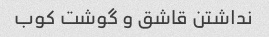
نداشتن قاشق و گوشت کوب